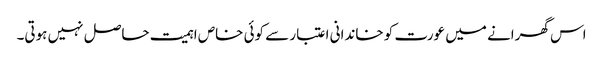
اس گھرانے میں عورت کو خاندانی اعتبار سے کوئی خاص اہمیت حاصل نہیں ہوتی۔